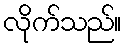
လိုက်သည်။